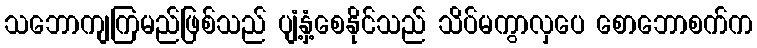
သဘောကျကြမည်ဖြစ်သည် ပျံ့နှံ့စေနိုင်သည် သိပ်မကွာလှပေ စောဘောစက်က